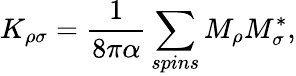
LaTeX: K_{\rho\sigma}=\frac{1}{8\pi\alpha}\sum_{spins}M_{\rho}M_{\sigma}^{*},